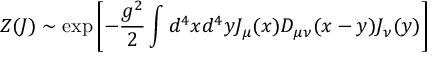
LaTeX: Z ( J ) \sim \exp \left[ - \frac { g ^ { 2 } } { 2 } \int d ^ { 4 } x d ^ { 4 } y J _ { \mu } ( x ) D _ { \mu \nu } ( x - y ) J _ { \nu } ( y ) \right]